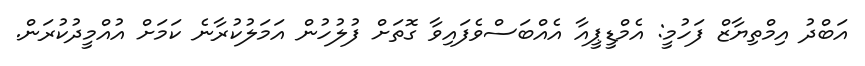
އަބްދު އިމްތިޔާޒް ފަހުމީ: އެމްޑީޕީއާ އެއްބަސްވެފައިވާ ގޮތަށް ފުލުހުން އަމަލުކުރާނެ ކަމަށް އުއްމީދުކުރަން.